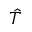
\hat { T }